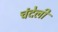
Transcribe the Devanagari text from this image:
चंदेली